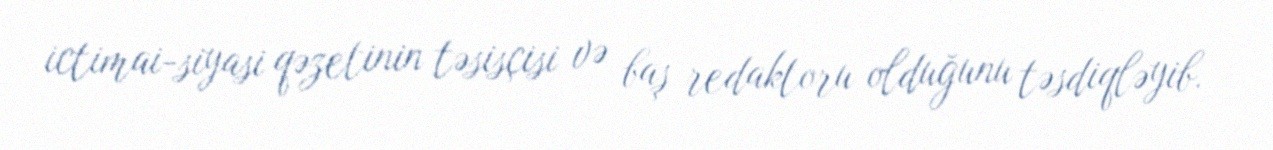
ictimai-siyasi qəzetinin təsisçisi və baş redaktoru olduğunu təsdiqləyib.